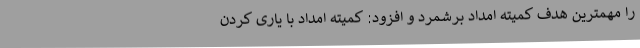
را مهمترین هدف کمیته امداد برشمرد و افزود: کمیته امداد با یاری کردن